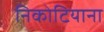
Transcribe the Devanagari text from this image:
निकोटियाना